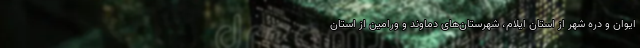
ایوان و دره شهر از استان ایلام، شهرستان‌های دماوند و ورامین از استان